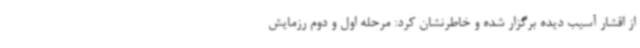
از اقشار آسیب دیده برگزار شده و خاطرنشان کرد: مرحله اول و دوم رزمایش